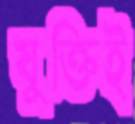
যুক্তিই